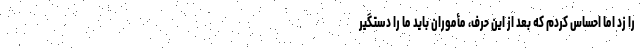
را زد اما احساس کردم که بعد از این حرف، مأموران باید ما را دستگیر